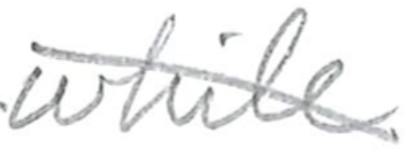
Text: while
Cross-out: diagonal
Writing tool: pencil